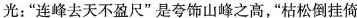
光：”连峰去天不盈尺”是夸饰山峰之高，”枯松倒挂倚